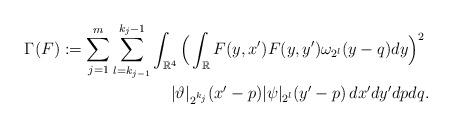
LaTeX: \begin{align*}\Gamma(F) := \sum_{j=1}^m \sum_{l=k_{j-1}}^{k_j-1} \int_{\mathbb{R}^4} \Big( \int_{\mathbb{R}} F(y,x') F(y,y') \omega_{2^l}(y-q) dy \Big)^2 & \\|\vartheta|_{2^{k_j}}(x'-p) |\psi|_{2^l}(y'-p) \,dx' dy' dp dq & .\end{align*}